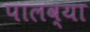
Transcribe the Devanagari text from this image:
पालव्या